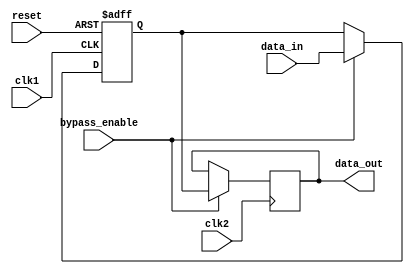
module VariableWidthBypassRegister (
    input wire clk1,
    input wire clk2,
    input wire reset,
    input wire bypass_enable,
    input wire [7:0] data_in,
    output reg [7:0] data_out
);

reg [7:0] storage_element;

always @(posedge clk1 or posedge reset) begin
    if (reset) begin
        storage_element <= 8'b0;
    end else begin
        if (bypass_enable) begin
            storage_element <= data_in;
        end else begin
            storage_element <= storage_element;
        end
    end
end
always @(posedge clk2) begin
    if (bypass_enable) begin
        data_out <= storage_element;
    end
end

endmodule